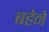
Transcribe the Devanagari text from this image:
बहेने